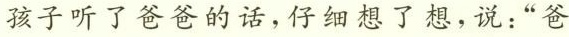
孩子听了爸爸的话，仔细想了想，说：”爸